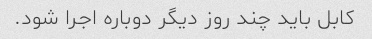
کابل باید چند روز دیگر دوباره اجرا شود.